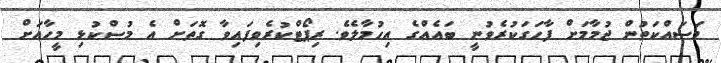
މަސައްކަތުން ޖުމާމަށް ފާހަގަކުރެވުނީ ބައެއްގެ އިހުމާލެވެ. ރިޕޯޓްކުރެވިފައިވާ ގޮތަށް އެ މުސްކުޅި މީހާއަށް